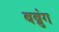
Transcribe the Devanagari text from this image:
बब्रुंग